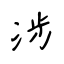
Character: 涉